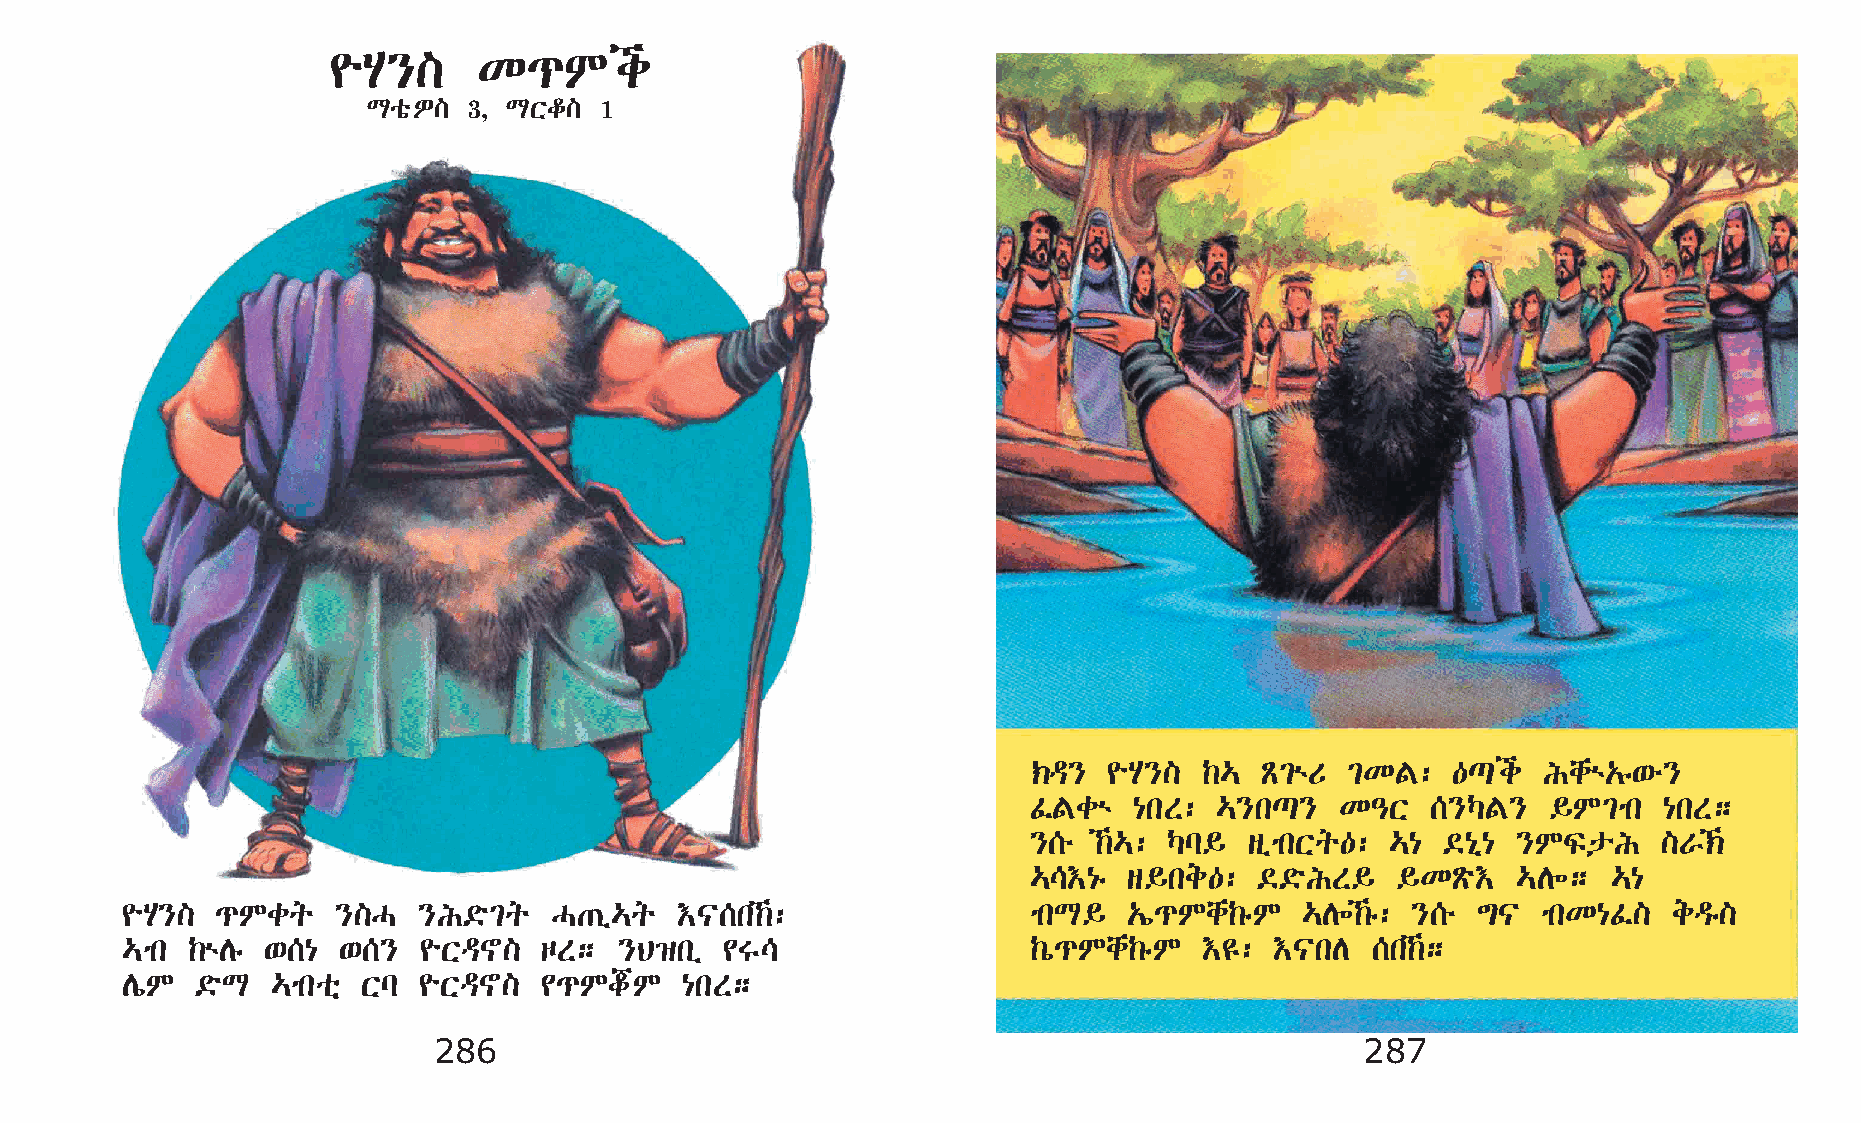
¨A}]      K¹Mi
 LoõÈ]  3, LXf]  1
 ‹ª}  ¨A}]   ‰… Ã²ùU  ²KF:   —¸i   Ichù„ê‘é}
 ÊFcù   {kS:  …}k¸}   K–X   [}ŠF}   §M²mk  {kS;
 }[é ‰…: Šl§   sïmkXq—: …{  ©{ð{ }MÏpI    ]V‹
 …\†{ê  s§ke—:  ©©öIS§   §KÃö†   …D÷;   …{
 ¨A}]  ¹Mcq    }]H   }I©ö²q   H·ï…q   †|[k‰:                mkL§   „í¹Mch‰êM  …D÷‰ê: }[é ´|  mkK{Ê]   eªê]
 …mk ‰ùDê  ‘[{ ‘[}   ¨Xª~]   œS;  }B›kï  ¢T\                 ‰ò¹Mch‰êM   †£: †|kD   [k‰;
 DíM  ©öL  …mkoñ Xl  ¨Xª~]   ¢¹MjM    {kS;
 286                                                          287